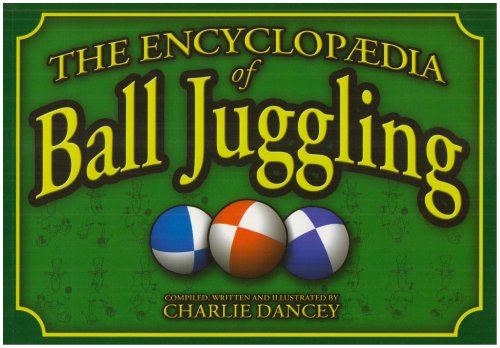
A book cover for Charlie Dancey's Encyclopaedia of Ball Juggling; Charlie Dancey; Humor & Entertainment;